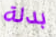
بدلة